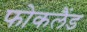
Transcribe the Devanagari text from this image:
फोकलैंड